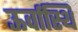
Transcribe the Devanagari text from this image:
ऊर्वास्थि